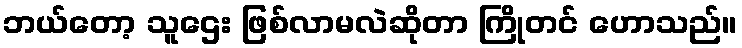
ဘယ်တော့ သူဌေး ဖြစ်လာမလဲဆိုတာ ကြိုတင် ဟောသည်။